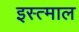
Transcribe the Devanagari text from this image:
इस्त्माल